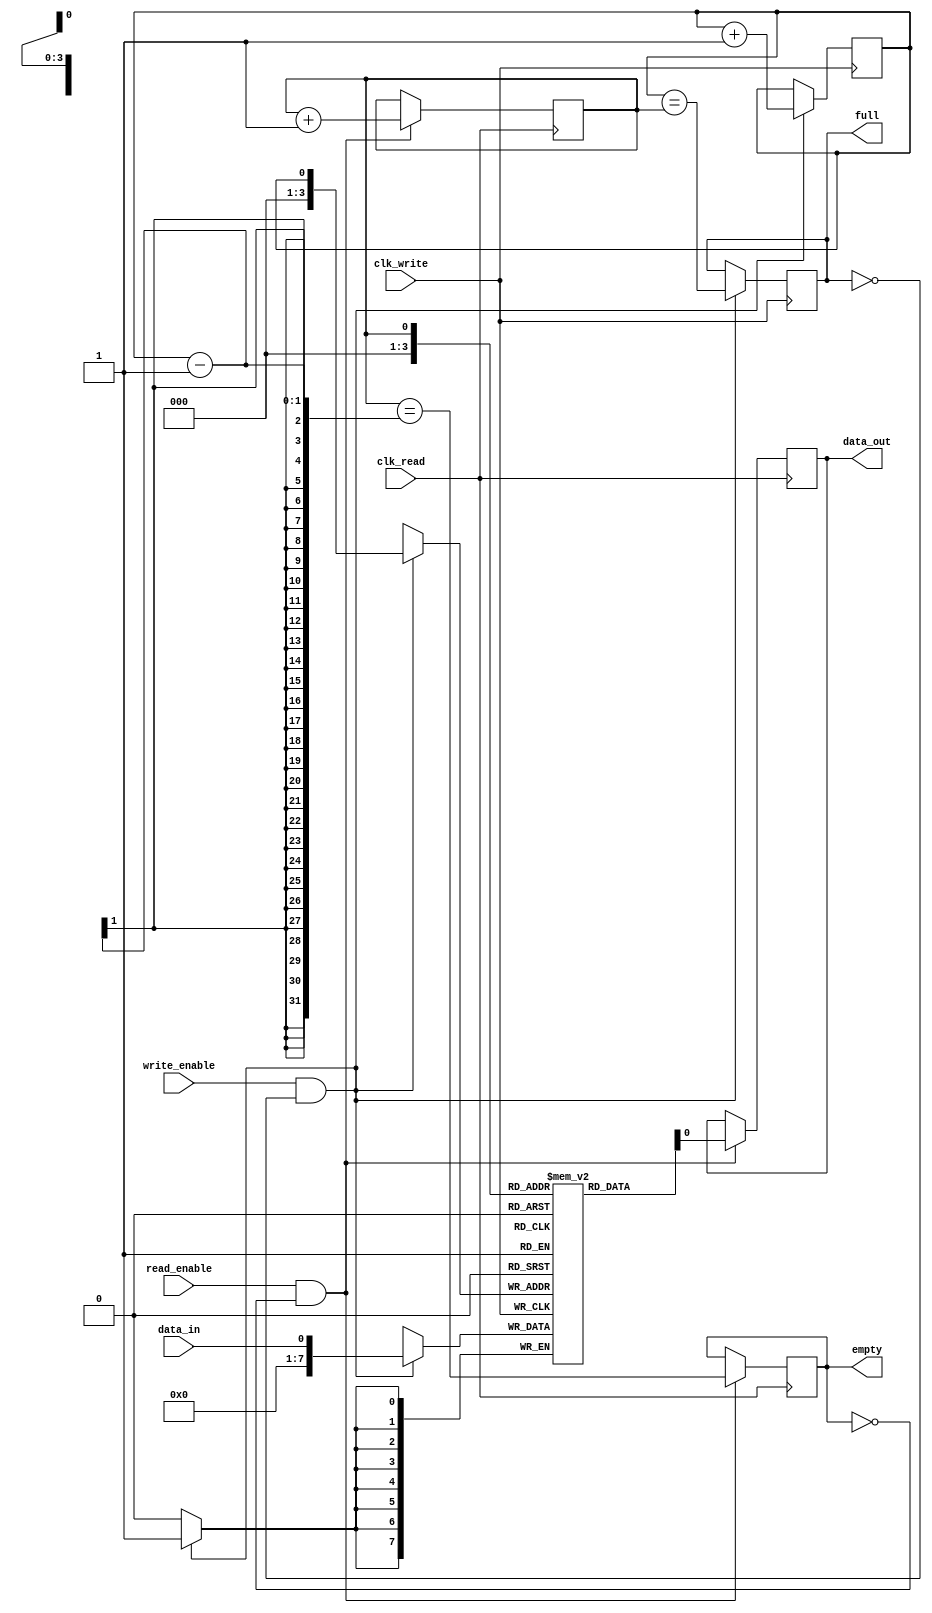
module synchronous_fifo(
    input wire clk_write,
    input wire clk_read,
    input wire write_enable,
    input wire read_enable,
    input wire data_in,
    output reg data_out,
    output reg empty,
    output reg full
);

reg [7:0] fifo [0:15];
reg read_ptr = 4'd0;
reg write_ptr = 4'd0;

always @(posedge clk_write) begin
    if (write_enable && !full) begin
        fifo[write_ptr] <= data_in;
        write_ptr <= write_ptr + 1;
        full <= (write_ptr == read_ptr);
    end
end

always @(posedge clk_read) begin
    if (read_enable && !empty) begin
        data_out <= fifo[read_ptr];
        read_ptr <= read_ptr + 1;
        empty <= (read_ptr == write_ptr - 1);
    end
end

endmodule